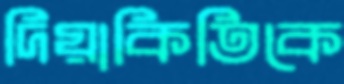
দিয়াকিতিকে